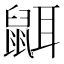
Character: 𪕔